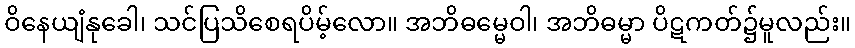
ဝိနေယျံနုခေါ၊ သင်ပြသိစေရပိမ့်လော။ အဘိဓမ္မေဝါ၊ အဘိဓမ္မာ ပိဋကတ်၌မူလည်း။